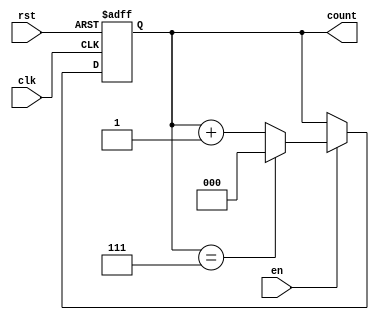
module modulus_counter #(
    parameter N = 8  // Default modulus value (can be overridden)
)(
    input wire clk,   // Clock signal
    input wire rst,   // Asynchronous reset signal
    input wire en,    // Enable signal
    output reg [$clog2(N)-1:0] count // Count output
);

    // Always block triggered on the rising edge of the clock
    always @(posedge clk or posedge rst) begin
        if (rst) begin
            // Reset the counter to 0
            count <= 0;
        end else if (en) begin
            // Increment the counter if enabled
            if (count == N-1) begin
                count <= 0; // Wrap around to 0
            end else begin
                count <= count + 1; // Increment the counter
            end
        end
    end

endmodule